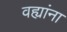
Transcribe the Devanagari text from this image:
वह्यांना